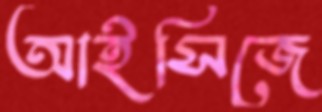
আইসিজে